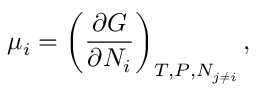
\mu _ { i } = \left( { \frac { \partial G } { \partial N _ { i } } } \right) _ { T , P , N _ { j \neq i } } ,